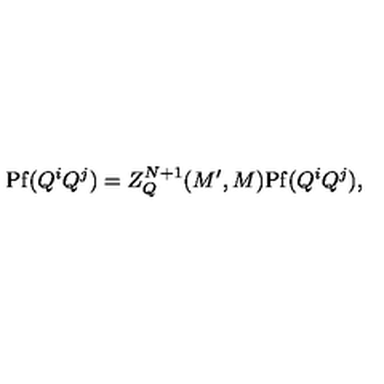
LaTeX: \mathrm { P f } ( Q ^ { i } Q ^ { j } ) = Z _ { Q } ^ { N + 1 } ( M ^ { \prime } , M ) \mathrm { P f } ( Q ^ { i } Q ^ { j } ) ,